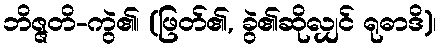
ဘိဇ္ဇတိ-ကွဲ၏၊ (ဖြတ်၏, ခွဲ၏ဆိုလျှင် ရုဓာဒိ)၊